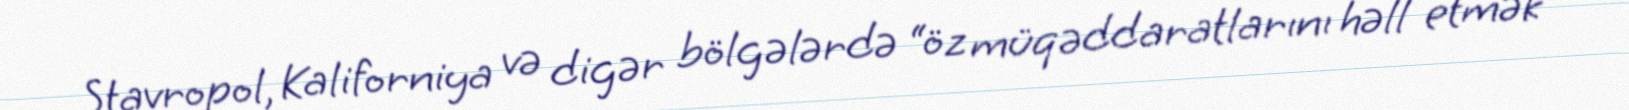
Stavropol, Kaliforniya və digər bölgələrdə “öz müqəddaratlarını həll etmək”